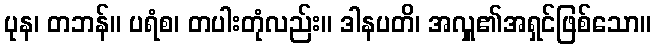
ပုန၊ တဘန်။ ပရံစ၊ တပါးတုံလည်း။ ဒါနပတိ၊ အလှူ၏အရှင်ဖြစ်သော။